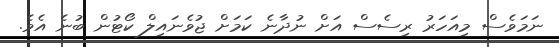
ނަމަވެސް މިއަހަރު ރިސެސް އަށް ނުދާނެ ކަމަށް ޖުވެނައިލް ކޯޓުން ބުނެ އެވެ.